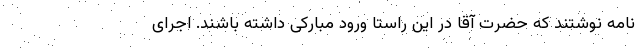
نامه نوشتند که حضرت آقا در این راستا ورود مبارکی داشته باشند. اجرای